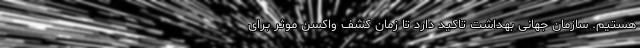
هستیم. سازمان جهانی بهداشت تاکید دارد تا زمان کشف واکسن موثر برای